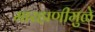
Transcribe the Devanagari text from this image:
मारहाणीमुळे